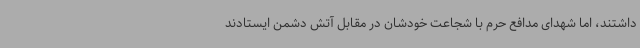
داشتند، اما شهدای مدافع حرم با شجاعت خودشان در مقابل آتش دشمن ایستادند